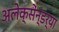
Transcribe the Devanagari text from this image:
अलेक्सेंन्डर्या